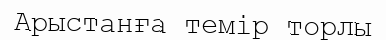
Арыстанға темір торлы